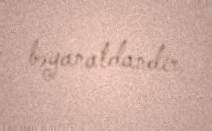
bəyanatdandır.